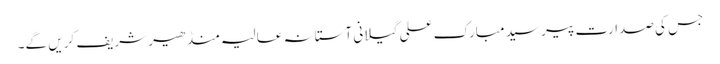
جس کی صدارت پیر سید مبارک علی گیلانی آستانہ عالیہ منڈھیر شریف کریں گے۔